Notes on vaccination in the North-West Frontier Province 1923-1928 - 1923-1928
Year: 1923
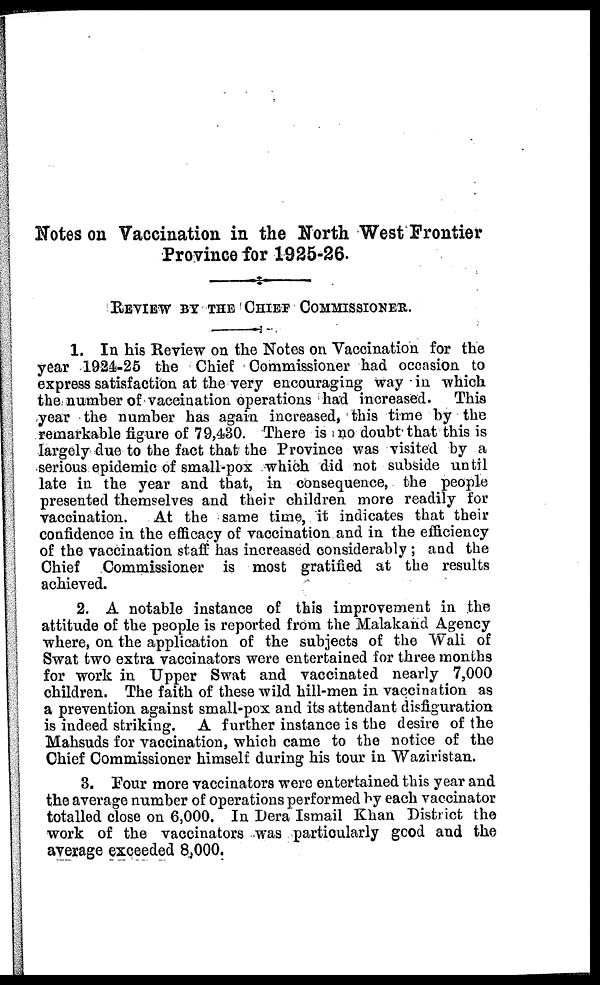
Notes on Vaccination in the North West Frontier
Province for 1925-26.
REVIEW BY THE CHIEF COMMISSIONER.
1. In his Review on the Notes on Vaccination for the
year 1924-25 the Chief Commissioner had occasion to
express satisfaction at the very encouraging way in which
the number of vaccination operations had increased. This
year the number has again increased, this time by the
remarkable figure of 79,430. There is no doubt that this is
largely due to the fact that the Province was visited by a
serious epidemic of small-pox which did not subside until
late in the year and that, in consequence, the people
presented themselves and their children more readily for
vaccination.
At the same time, it indicates that their
confidence in the efficacy of vaccination and in the efficiency
of the vaccination staff has increased considerably; and the
Chief Commissioner is most gratified at the results
achieved.
2. A notable instance of this improvement in the
attitude of the people is reported from the Malakand Agency
where, on the application of the subjects of the Wali of
Swat two extra vaccinators were entertained for three months
for work in Upper Swat and vaccinated nearly 7,000
children. The faith of these wild hill-men in vaccination as
a prevention against small-pox and its attendant disfiguration
is indeed striking. A further instance is the desire of the
Mahsuds for vaccination, which came to the notice of the
Chief Commissioner himself during his tour in Waziristan.
3. Four more vaccinators were entertained this year and
the average number of operations performed by each vaccinator
totalled close on 6,000. In Dera Ismail Khan District the
work of the vaccinators was particularly good and the
average exceeded 8,000.